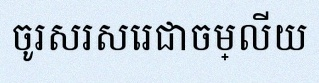
ចូរសរសេរជាចម្លើយ